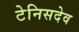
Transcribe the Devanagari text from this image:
टेनिसदेव